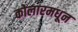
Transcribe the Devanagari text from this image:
कोलारमधून